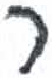
אות: ר